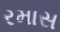
રમોસ